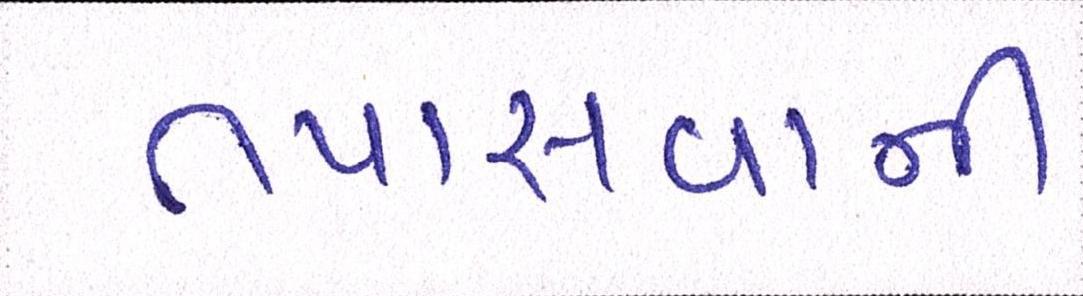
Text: તપાસવાની